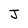
Character: J